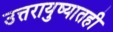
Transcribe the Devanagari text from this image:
उत्तरायुष्यातही